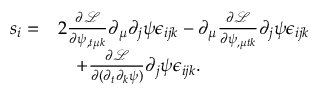
\begin{array} { r l } { s _ { i } = } & { 2 \frac { \partial \mathcal L } { \partial \psi _ { , t \mu k } } \partial _ { \mu } \partial _ { j } \psi \epsilon _ { i j k } - \partial _ { \mu } \frac { \partial \mathcal L } { \partial \psi _ { , \mu t k } } \partial _ { j } \psi \epsilon _ { i j k } } \\ & { \quad + \frac { \partial \mathcal { L } } { \partial ( \partial _ { t } \partial _ { k } \psi ) } \partial _ { j } \psi \epsilon _ { i j k } . } \end{array}